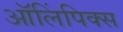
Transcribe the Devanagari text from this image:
ऑलिंपिक्स